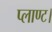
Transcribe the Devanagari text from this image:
प्लाण्ट।